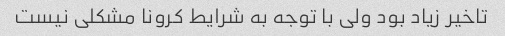
تاخیر زیاد بود ولی با توجه به شرایط کرونا مشکلی نیست